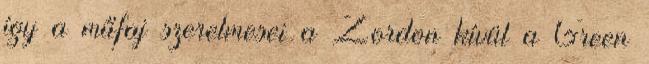
így a műfaj szerelmesei a Zordon kívül a Green